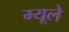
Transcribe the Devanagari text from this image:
म्यूले